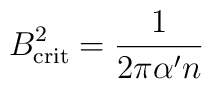
B_{\mathrm{crit}}^{2}=\frac{1}{2\pi \alpha ^{\prime }n}